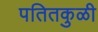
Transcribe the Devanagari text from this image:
पतितकुळी